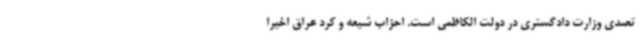
تصدی وزارت دادگستری در دولت الکاظمی است. احزاب شیعه و کرد عراق اخیراً